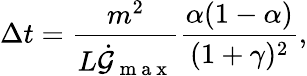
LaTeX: \Delta t=\frac{m^{2}}{L\dot{\mathcal{G}}_{\mathrm{~m~a~x~}}}\frac{\alpha(1-\alpha)}{(1+\gamma)^{2}},